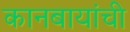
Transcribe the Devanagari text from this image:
कानबायांची